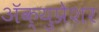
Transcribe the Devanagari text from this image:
अॅक्युप्रेशर